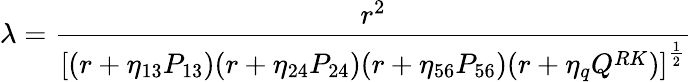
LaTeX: {\lambda={\frac{r^{2}}{\left[(r+\eta_{13}P_{13})(r+\eta_{24}P_{24})(r+\eta_{56}P_{56})(r+\eta_{q}Q^{RK})\right]^{\frac{1}{2}}}}}